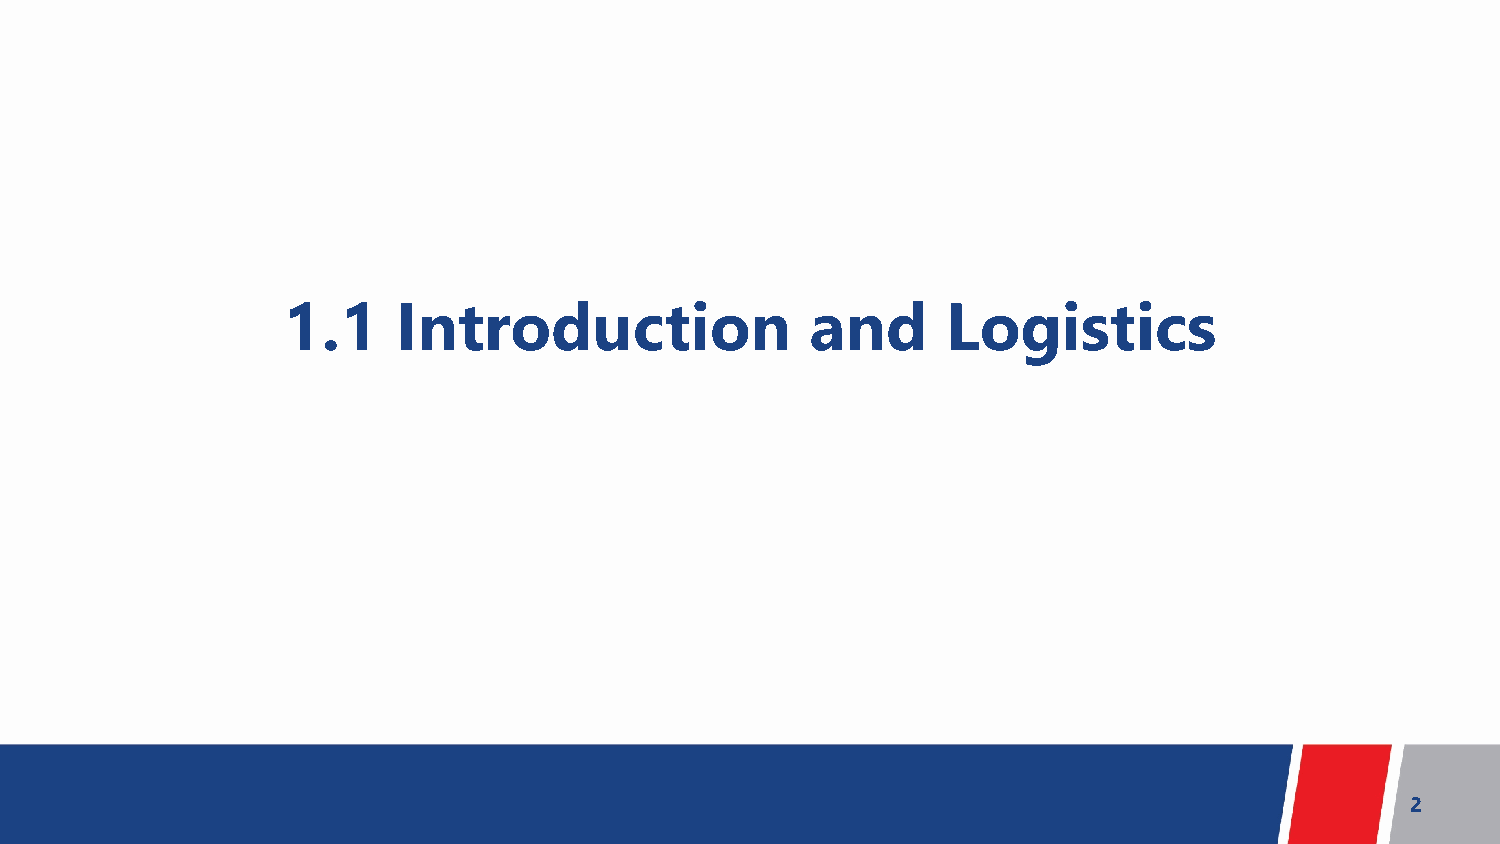
1.1    Introduction                and      Logistics
 2